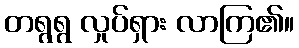
တရွရွ လှုပ်ရှား လာကြ၏။